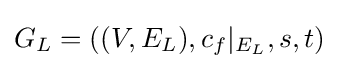
G_{L}=((V,E_{L}),c_{f}|_{E_{L}},s,t)